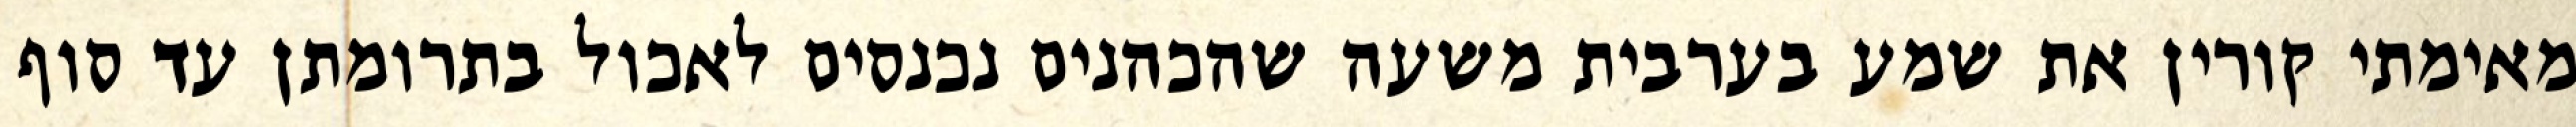
מאימתי קורין את שמע בערבית משעה שהכהנים נכנסים לאכול בתרומתן עד סוף